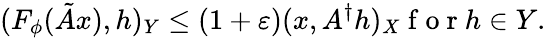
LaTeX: (F_{\phi}(\tilde{A}x),h)_{Y}\leq(1+\varepsilon)(x,A^{\dagger}h)_{X}\mathrm{~f~o~r~}h\in Y.